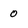
Character: 0